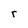
Character: r